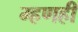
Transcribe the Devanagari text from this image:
म्हणही